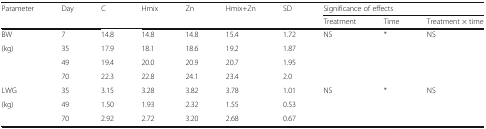
| Parameter | Day | C | Hmix | Zn | Hmix+Zn | SD | <COLSPAN=3> Significance of effects |
 |  |  |  |  |  |  |  | Treatment | Time | Treatment × time |
 | --- | --- | --- | --- | --- | --- | --- | --- | --- | --- |
 | BW | 7 | 14.8 | 14.8 | 14.8 | 15.4 | 1.72 | <ROWSPAN=4> NS | <ROWSPAN=4> * | <ROWSPAN=4> NS |
 | (kg) | 35 | 17.9 | 18.1 | 18.6 | 19.2 | 1.87 |
 |  | 49 | 19.4 | 20.0 | 20.9 | 20.7 | 1.95 |
 |  | 70 | 22.3 | 22.8 | 24.1 | 23.4 | 2.0 |
 | LWG | 35 | 3.15 | 3.28 | 3.82 | 3.78 | 1.01 | <ROWSPAN=3> NS | <ROWSPAN=3> * | <ROWSPAN=3> NS |
 | (kg) | 49 | 1.50 | 1.93 | 2.32 | 1.55 | 0.53 |
 |  | 70 | 2.92 | 2.72 | 3.20 | 2.68 | 0.67 |